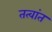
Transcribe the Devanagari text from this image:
तत्वांत